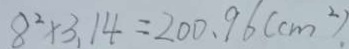
8 ^ { 2 } \times 3 . 1 4 = 2 0 0 . 9 6 ( c m ^ { 2 } ) .